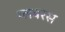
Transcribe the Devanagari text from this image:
ग्लबरस